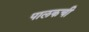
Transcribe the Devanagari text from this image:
पालकची